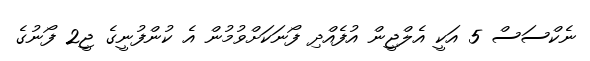
ނެކްސަސް 5 އަކީ އެލްޖީން އުފެއްދި ފޯނަކަށްވުމުން އެ ކުންފުނީގެ ޖީ2 ފޯނުގެ